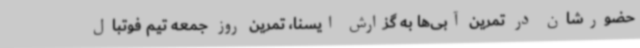
حضورشان در تمرین آبی‌ها به گزارش ایسنا، تمرین روز جمعه تیم فوتبال